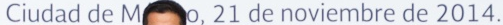
Ciudad de M o, 21 de noviembre de 2014.